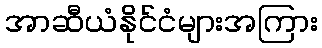
အာဆီယံနိုင်ငံများအကြား